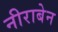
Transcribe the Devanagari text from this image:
नीराबेन